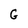
Character: G